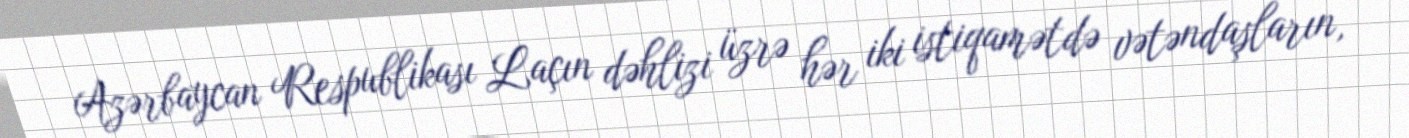
Azərbaycan Respublikası Laçın dəhlizi üzrə hər iki istiqamətdə vətəndaşların,